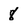
Character: 8